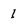
Character: I